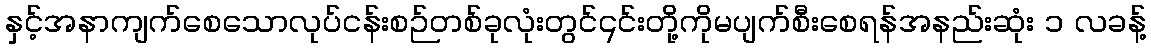
နှင့်အနာကျက်စေသောလုပ်ငန်းစဉ်တစ်ခုလုံးတွင်၎င်းတို့ကိုမပျက်စီးစေရန်အနည်းဆုံး ၁ လခန့်